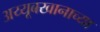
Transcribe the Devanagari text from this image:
अय्यूबखानाच्या